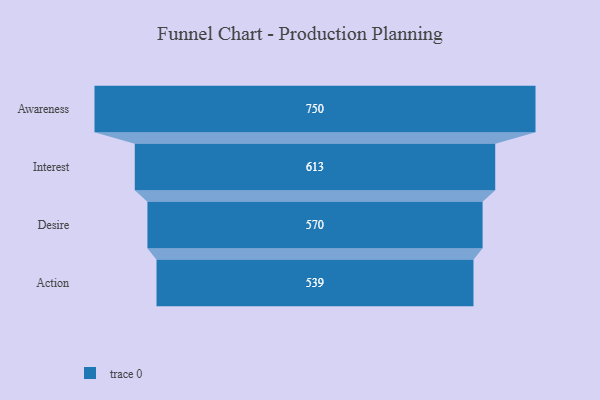
{"axis": {"x": "Stage", "y": "Value"}, "legend": [""], "data": [{"x": "Awareness", "y": 750.0, "type": ""}, {"x": "Interest", "y": 613.0, "type": ""}, {"x": "Desire", "y": 570.0, "type": ""}, {"x": "Action", "y": 539.0, "type": ""}]}